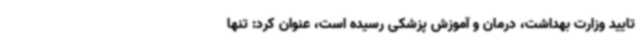
تایید وزارت بهداشت، درمان و آموزش پزشکی رسیده است، عنوان کرد: تنها